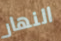
النهار